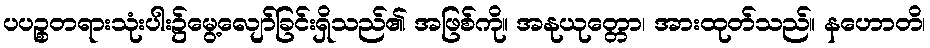
ပပဉ္စတရားသုံးပါး၌မွေ့လျော်ခြင်းရှိသည်၏ အဖြစ်ကို။ အနုယုတ္တော၊ အားထုတ်သည်။ နဟောတိ၊